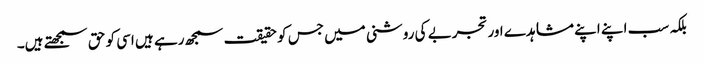
بلکہ سب اپنے اپنے مشاہدے اور تجربے کی روشنی میں جس کو حقیقت سمجھ رہے ہیں اسی کو حق سمجھتے ہیں۔